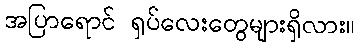
အပြာရောင် ရှပ်လေးတွေများရှိလား။